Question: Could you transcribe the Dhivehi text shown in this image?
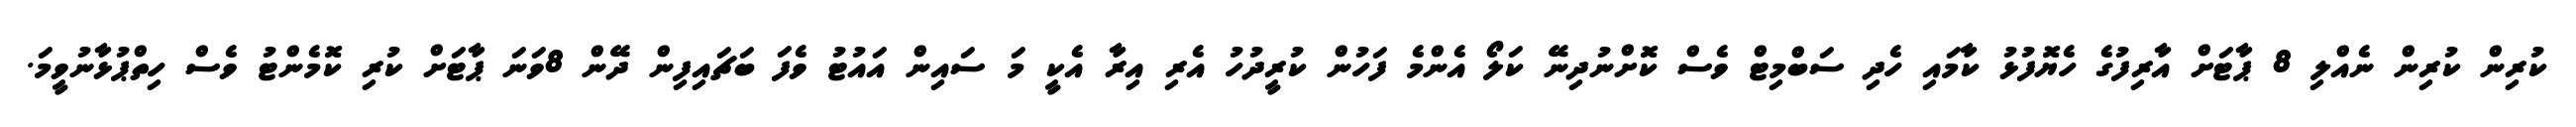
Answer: ކުރިން ކުރިން ނެއްލި 8 ޕާޓަށް އާރިފުގެ ހެޔޮފުޅު ކާމައި ހެދި ސަބްމިޓް ވެސް ކޮށްނުދިނޭ ކަލޯ އެންމެ ފަހުން ކުރީދުހު އެރި އިރާ އެކީ މަ ސައިން އައުޓު ވެފަ ބަޗައިފިން ދޭން 8ވަނަ ޕާޓަށް ކުރި ކޮމެންޓު ވެސް ހިތްޕުޅާނުވީމަ.